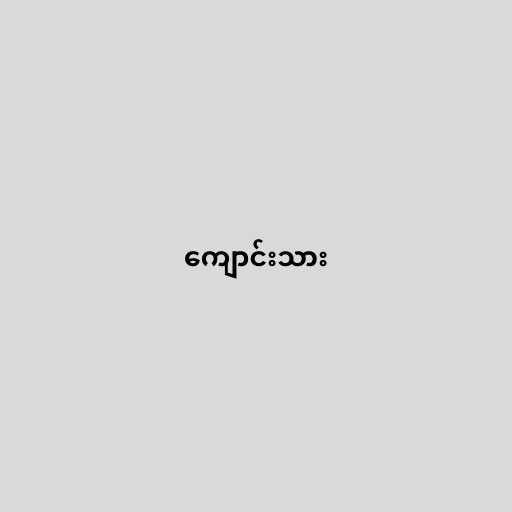
ကျောင်းသား